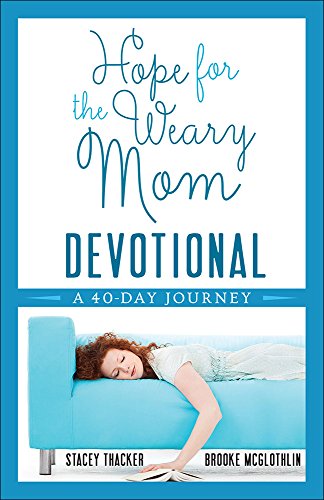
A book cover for Hope for the Weary Mom Devotional: A 40-Day Journey; Stacey Thacker; Christian Books & Bibles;